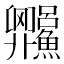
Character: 𬵼